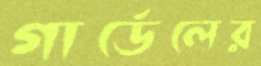
গার্ডেলের